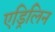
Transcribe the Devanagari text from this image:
एड्रिलिन